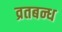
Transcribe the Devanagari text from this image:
व्रतबन्ध